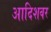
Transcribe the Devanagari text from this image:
आदिशवर